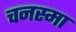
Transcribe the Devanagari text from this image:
चनस्मा